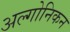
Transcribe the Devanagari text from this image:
अल्गोनिकन